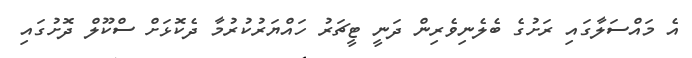
އެ މައްސަލާގައި ރަށުގެ ބެލެނިވެރިން ދަނީ ޓީޗަރު ހައްޔަރުކުރުމާ ދެކޮޅަށް ސްކޫލް ދޮށުގައި